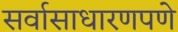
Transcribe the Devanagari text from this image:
सर्वासाधारणपणे